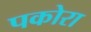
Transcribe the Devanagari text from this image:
पकोरा